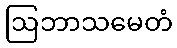
ဩဘာသမေတံ